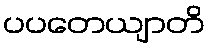
ပပတေယျာတိ